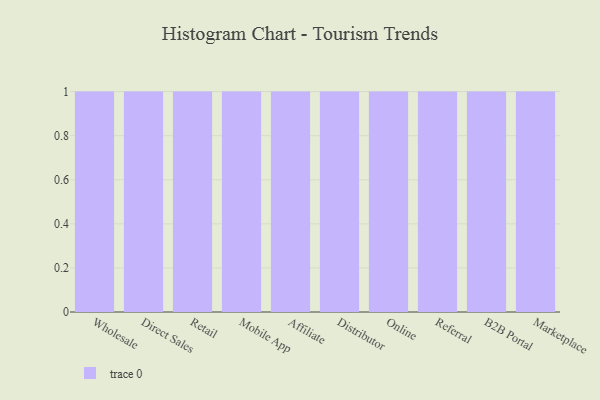
{"axis": {"x": "Channel", "y": "Shipments"}, "legend": [""], "data": [{"x": "Wholesale", "y": 64, "type": ""}, {"x": "Direct Sales", "y": 59, "type": ""}, {"x": "Retail", "y": 56, "type": ""}, {"x": "Mobile App", "y": 18, "type": ""}, {"x": "Affiliate", "y": 58, "type": ""}, {"x": "Distributor", "y": 61, "type": ""}, {"x": "Online", "y": 83, "type": ""}, {"x": "Referral", "y": 89, "type": ""}, {"x": "B2B Portal", "y": 82, "type": ""}, {"x": "Marketplace", "y": 3, "type": ""}]}